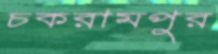
চকরামপুর